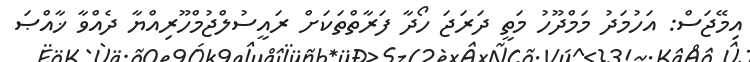
އިމޭޖަސް: އަހުމަދު މަމްދޫހު މަތީ ދަރަޖަ ހޯދާ ފަރާތްތަކަށް ރައީސުލްޖުމްހޫރިއްޔާ ދެއްވާ ޚާއްޞަ